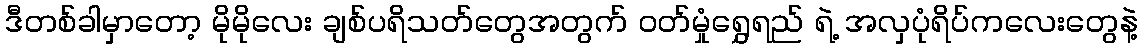
ဒီတစ်ခါမှာတော့ မိုမိုလေး ချစ်ပရိသတ်တွေအတွက် ဝတ်မှုံရွှေရည် ရဲ့ အလှပုံရိပ်ကလေးတွေနဲ့